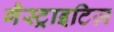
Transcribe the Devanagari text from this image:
गैस्ट्राइटिज़